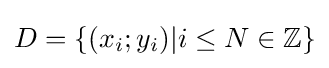
D=\{(x_{i};y_{i})|i\leq N\in \mathbb {Z} \}